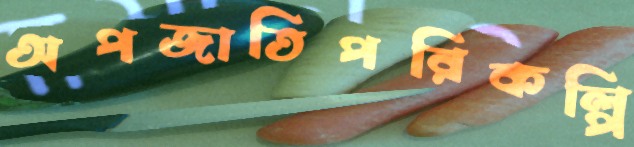
অপজাতিপরিকল্পি